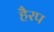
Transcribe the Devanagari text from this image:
हैरप